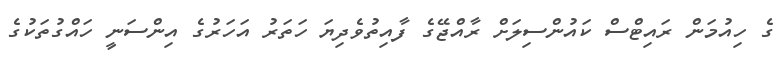
ގެ ހިއުމަން ރައިޓްސް ކައުންސިލަށް ރާއްޖޭގެ ފާއިތުވެދިޔަ ހަތަރު އަހަރުގެ އިންސަނީ ހައްގުތަކުގެ